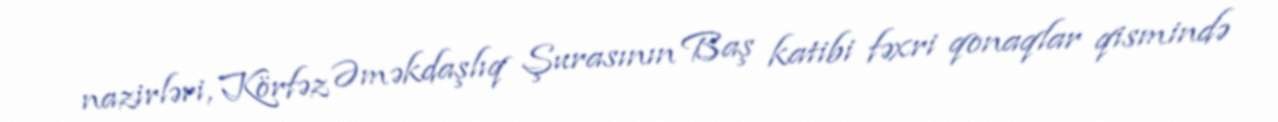
nazirləri, Körfəz Əməkdaşlıq Şurasının Baş katibi fəxri qonaqlar qismində